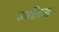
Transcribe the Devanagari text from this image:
व्यक्तिनां